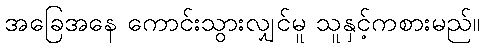
အခြေအနေ ကောင်းသွားလျှင်မူ သူနှင့်ကစားမည်။